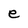
Character: e